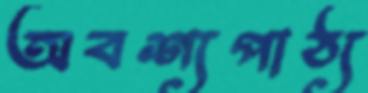
অবশ্যপাঠ্য